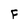
Character: F